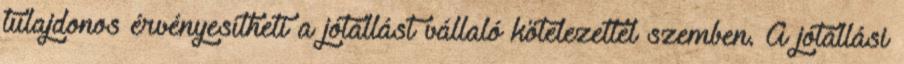
tulajdonos érvényesítheti a jótállást vállaló kötelezettel szemben. A jótállási